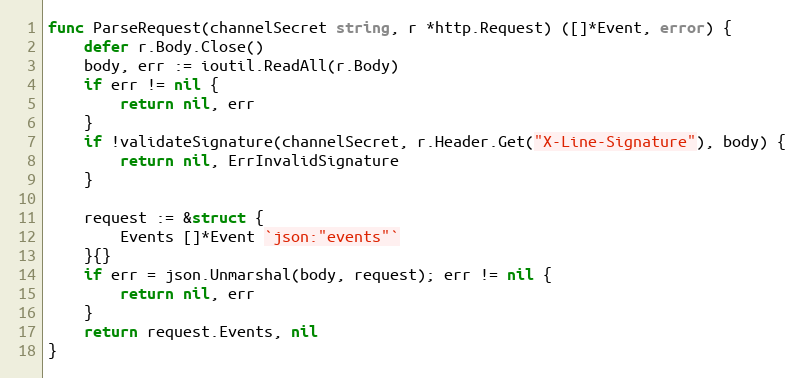
Language: Go
func ParseRequest(channelSecret string, r *http.Request) ([]*Event, error) {
	defer r.Body.Close()
	body, err := ioutil.ReadAll(r.Body)
	if err != nil {
		return nil, err
	}
	if !validateSignature(channelSecret, r.Header.Get("X-Line-Signature"), body) {
		return nil, ErrInvalidSignature
	}

	request := &struct {
		Events []*Event `json:"events"`
	}{}
	if err = json.Unmarshal(body, request); err != nil {
		return nil, err
	}
	return request.Events, nil
}